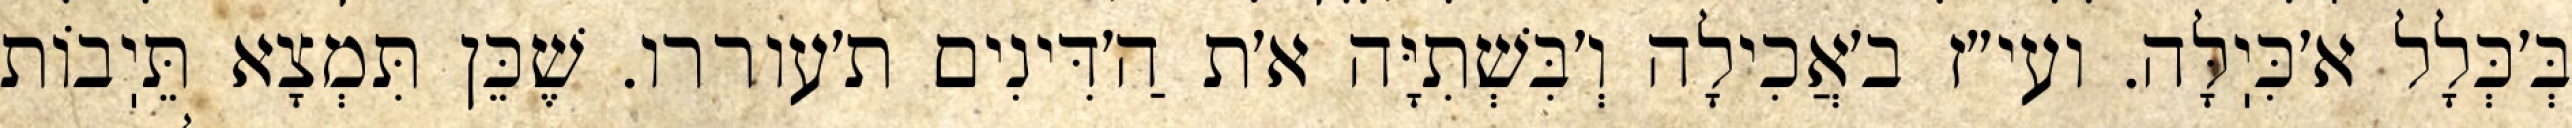
בְּ׳כְּלָל א׳כִּיֽלָּה. ועי״ז ב׳אֲכִילָה וְ׳בִּשְׁתִיָּה א׳ת הַ׳דִּינִים ת׳עוררו. שֶׁכֵּן תִּמְצָא תֵּיֽבוֹת